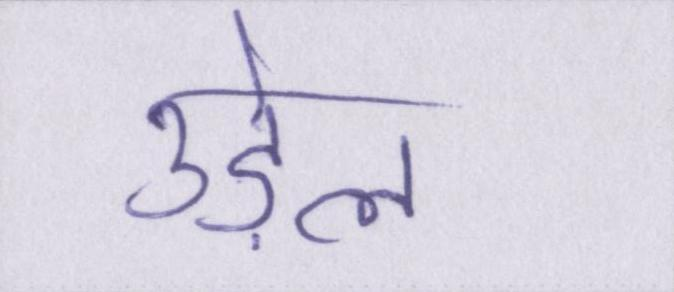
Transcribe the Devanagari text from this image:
उड़ेल